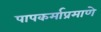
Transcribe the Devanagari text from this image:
पापकर्माप्रमाणे